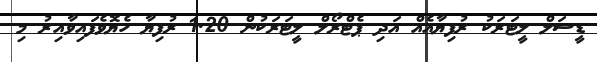
ޑީސަލް ލީޓަރަކު ރުފިޔާއެއް އަދި ޕެޓްރޯލް ލީޓަރަކުން 1.20 ރުފިޔާ ހެޔޮވެފައިވާއިރު މި